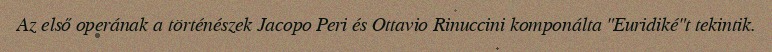
Az első operának a történészek Jacopo Peri és Ottavio Rinuccini komponálta "Euridiké"t tekintik.